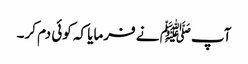
آپﷺ نے فرمایا کہ کوئی دم کر۔